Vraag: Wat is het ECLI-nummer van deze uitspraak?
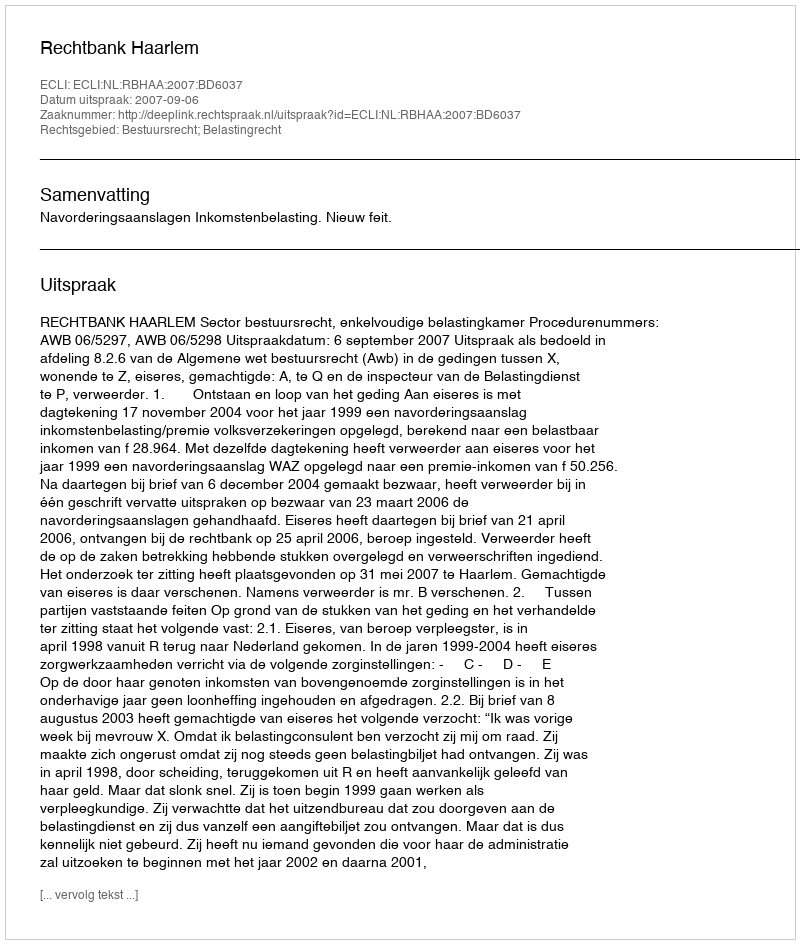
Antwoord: ECLI:NL:RBHAA:2007:BD6037